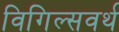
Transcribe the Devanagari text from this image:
विगिल्सवर्थ